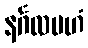
နင်္ဂလမဟံ